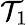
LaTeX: \mathcal{T}_{1}